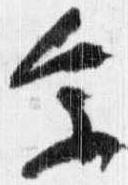
参